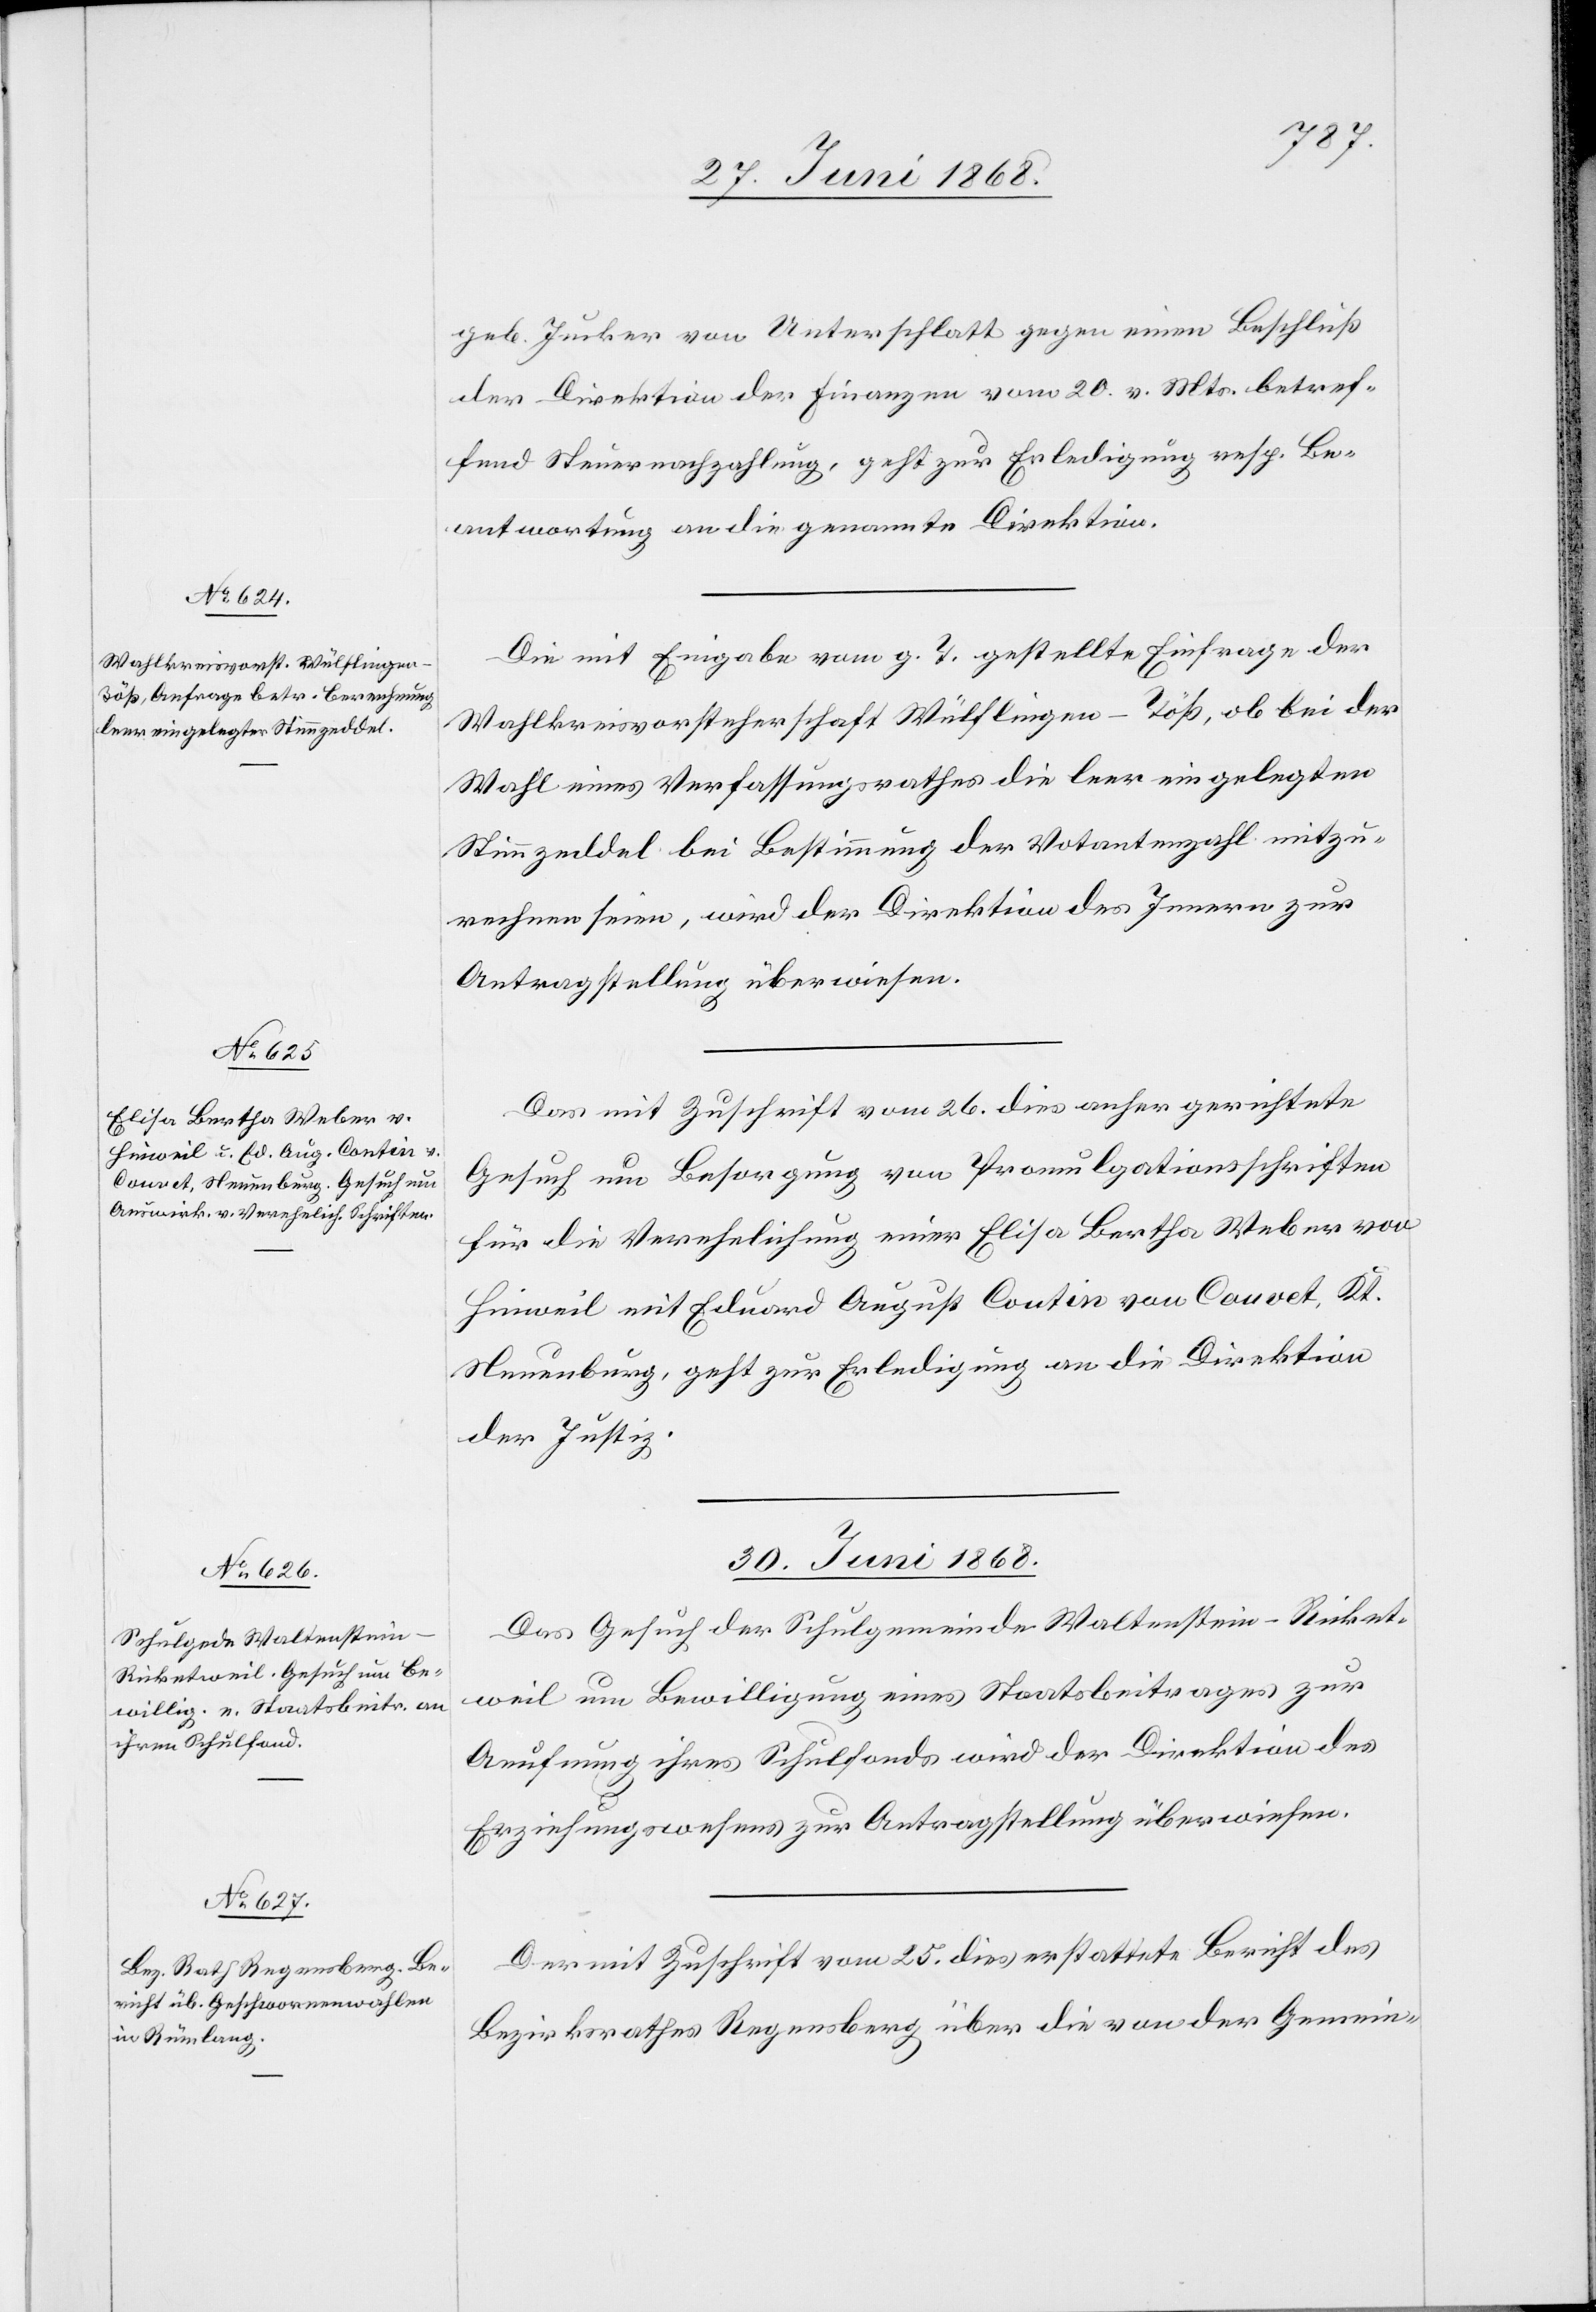
29. Juni 1868.]
geb. Jucker von Unterschlatt gegen einen Beschluß
der Direktion der Finanzen vom 20. v. Mts. betref¬
fend Steuernachzahlung, geht zur Erledigung resp. Be¬
antwortung an die genannte Direktion.
Die mit Eingabe vom g. T. gestellte Einfrage der
Wahlkreisvorsteherschaft Wülflingen-Töß, ob bei der
Wahl eines Verfassungsrathes die leer eingelegten
Stimmzeddel bei Bestimmung der Votantenzahl mitzu¬
rechnen seien, wird der Direktion des Innern zur
Antragstellung überwiesen.
Das mit Zuschrift vom 26. dies anher gerichtete
Gesuch um Besorgung von Promulgationsschriften
für die Verehelichung einer Elisa Bertha Weber von
Hinweil mit Eduard August Coutin von Couvet, Kt.
Neuenburg, geht zur Erledigung an die Direktion
der Justiz.
30. Juni 1868.]
Das Gesuch der Schulgemeinde Waltenstein-Ricket¬
weil um Bewilligung eines Staatsbeitrages zur
Aeufnung ihres Schulfonds wird der Direktion des
Erziehungswesens zur Antragstellung überwiesen.
Der mit Zuschrift vom 25. dies erstattete Bericht des
Bezirksrathes Regensberg über die von der Gemein-